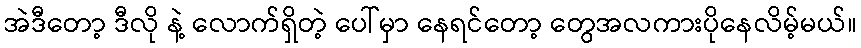
အဲဒီတော့ ဒီလို နဲ့ လောက်ရှိတဲ့ ပေါ်မှာ နေရင်တော့ တွေအလကားပိုနေလိမ့်မယ်။